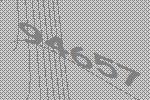
94657